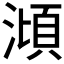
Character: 𣻳